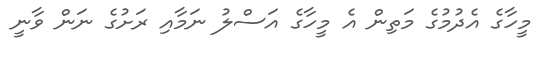
މީހާގެ އެދުމުގެ މަތިން އެ މީހާގެ އަސްލު ނަމާއި ރަށުގެ ނަން ވާނީ